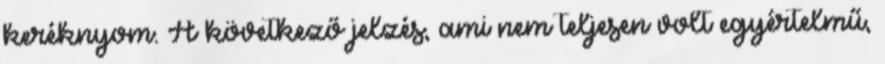
keréknyom. A következő jelzés, ami nem teljesen volt egyértelmű,